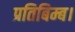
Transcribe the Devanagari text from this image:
प्रतिबिम्ब।